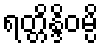
ရတ္တိန္ဒိဝမ္ပိ